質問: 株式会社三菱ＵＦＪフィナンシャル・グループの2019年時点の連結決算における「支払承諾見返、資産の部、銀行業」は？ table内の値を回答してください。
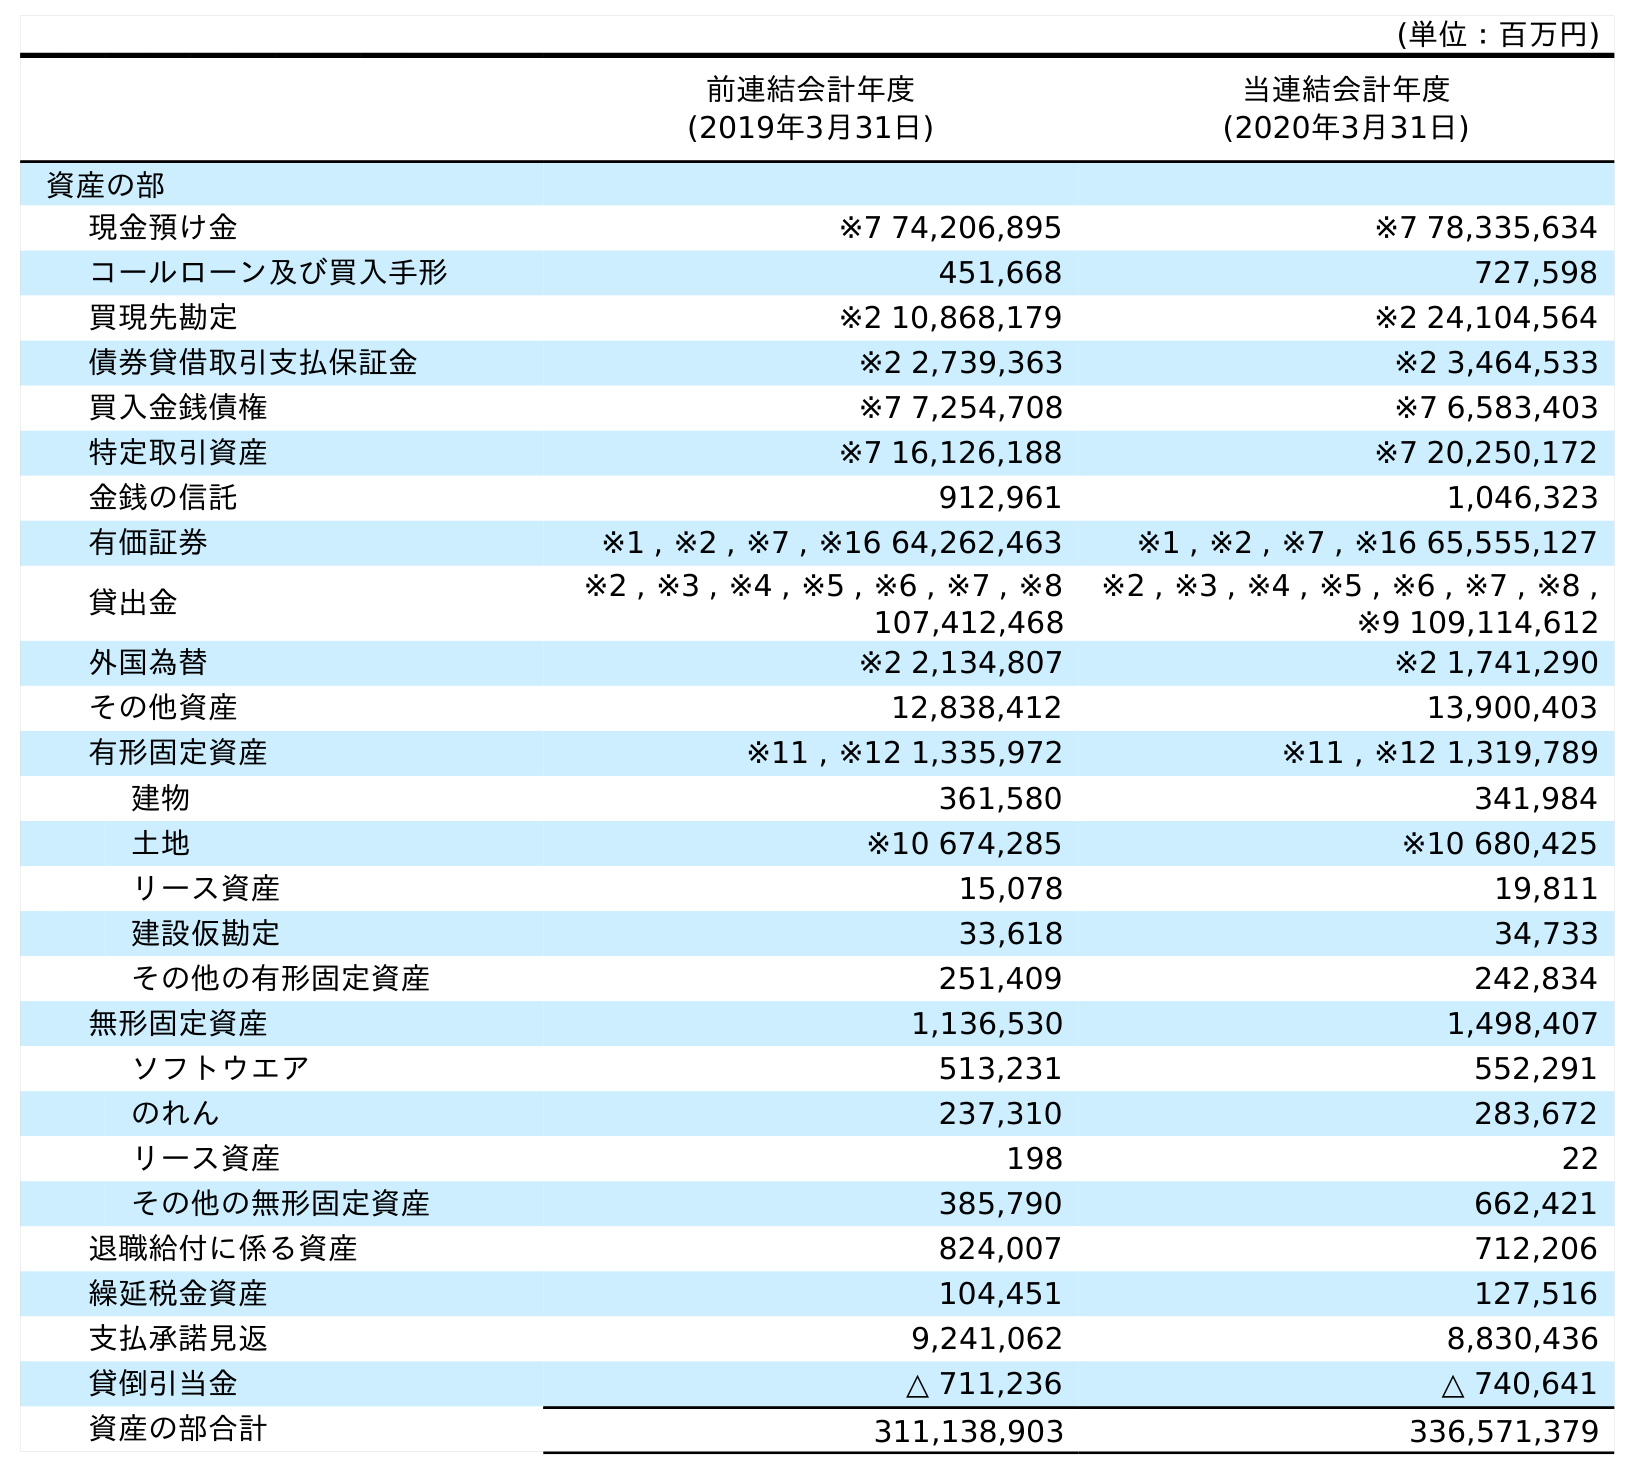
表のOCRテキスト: (単位：百万円) 前連結会計年度 (2019年3月31日) 当連結会計年度 (2020年3月31日) 資産の部 現金預け金 ※7 74,206,895 ※7 78,335,634 コールローン及び買入手形 451,668 727,598 買現先勘定 ※2 10,868,179 ※2 24,104,564 債券貸借取引支払保証金 ※2 2,739,363 ※2 3,464,533 買入金銭債権 ※7 7,254,708 ※7 6,583,403 特定取引資産 ※7 16,126,188 ※7 20,250,172 金銭の信託 912,961 1,046,323 有価証券 ※1 , ※2 , ※7 , ※16 64,262,463 ※1 , ※2 , ※7 , ※16 65,555,127 貸出金 ※2 , ※3 , ※4 , ※5 , ※6 , ※7 , ※8 107,412,468 ※2 , ※3 , ※4 , ※5 , ※6 , ※7 , ※8 , ※9 109,114,612 外国為替 ※2 2,134,807 ※2 1,741,290 その他資産 12,838,412 13,900,403 有形固定資産 ※11 , ※12 1,335,972 ※11 , ※12 1,319,789 建物 361,580 341,984 土地 ※10 674,285 ※10 680,425 リース資産 15,078 19,811 建設仮勘定 33,618 34,733 その他の有形固定資産 251,409 242,834 無形固定資産 1,136,530 1,498,407 ソフトウエア 513,231 552,291 のれん 237,310 283,672 リース資産 198 22 その他の無形固定資産 385,790 662,421 退職給付に係る資産 824,007 712,206 繰延税金資産 104,451 127,516 支払承諾見返 9,241,062 8,830,436 貸倒引当金 △ 711,236 △ 740,641 資産の部合計 311,138,903 336,571,379
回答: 9,241,062